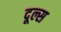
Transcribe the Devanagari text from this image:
दूल्स